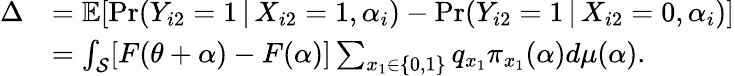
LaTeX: \begin{array}{rl}{\Delta}&{=\mathbb{E}[\operatorname*{Pr}(Y_{i2}=1\, |\, X_{i2}=1,\alpha_{i})-\operatorname*{Pr}(Y_{i2}=1\, |\, X_{i2}=0,\alpha_{i})]}\\ &{=\int_{{\cal{S}}}[F(\theta+\alpha)-F(\alpha)]\sum_{x_{1}\in\{ 0,1\} }q_{x_{1}}\pi_{x_{1}}(\alpha)d\mu(\alpha).}\end{array}